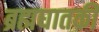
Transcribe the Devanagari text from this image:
ब्रह्मघातकी